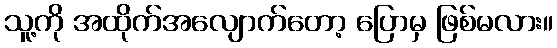
သူ့ကို အထိုက်အလျောက်တော့ ပြောမှ ဖြစ်မလား။